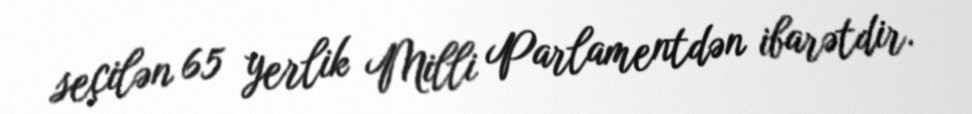
seçilən 65 yerlik Milli Parlamentdən ibarətdir.